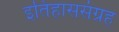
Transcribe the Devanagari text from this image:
इतिहाससंग्रह